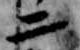
二